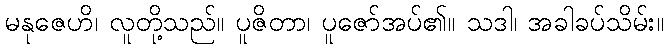
မနုဇေဟိ၊ လူတို့သည်။ ပူဇိတာ၊ ပူဇော်အပ်၏။ သဒါ၊ အခါခပ်သိမ်း။